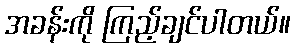
အခန်းကို ကြည့်ချင်ပါတယ်။